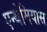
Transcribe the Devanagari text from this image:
एन्थेमियास